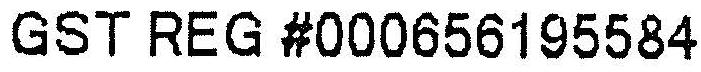
GST REG #000656195584